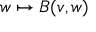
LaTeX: w \mapsto B ( v , w )